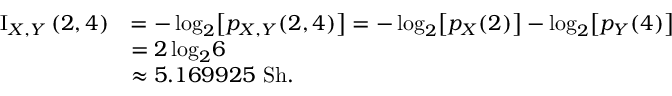
{ \begin{array} { r l } { \operatorname { I } _ { X , Y } { ( 2 , 4 ) } } & { = - \log _ { 2 } \! { \left[ p _ { X , Y } { ( 2 , 4 ) } \right] } = - \log _ { 2 } \! { \left[ p _ { X } ( 2 ) \right] } - \log _ { 2 } \! { \left[ p _ { Y } ( 4 ) \right] } } \\ & { = 2 \log _ { 2 } \! { 6 } } \\ & { \approx 5 . 1 6 9 9 2 5 { \mathrm { ~ S h } } . } \end{array} }